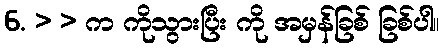
6. > > က ကိုသွားပြီး ကို အမှန်ခြစ် ခြစ်ပါ။